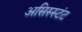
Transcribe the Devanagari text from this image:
असिस्स्टंट